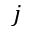
j